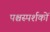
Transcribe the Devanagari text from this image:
पश्चस्पर्शकों